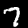
Digit: 7